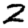
Digit: 2